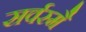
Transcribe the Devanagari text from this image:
सर्वस्मै